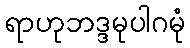
ရာဟုဘဒ္ဒမုပါဂမုံ